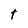
Character: t